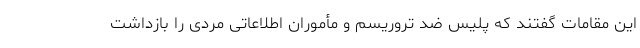
این مقامات گفتند که پلیس ضد تروریسم و مأموران اطلاعاتی مردی را بازداشت